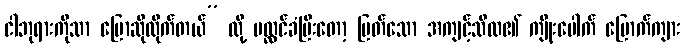
ငါဘုရားကိုသာ ပြောဆိုထိုက်တယ်” လို့ ပလ္လင်ခံပြီးတော့ မြတ်သော အကျင့်သီလ၏ ကျိုးပေါက် ပြောက်ကျား